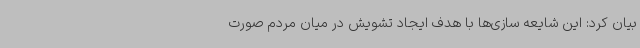
بیان کرد: این شایعه سازی‌ها با هدف ایجاد تشویش در میان مردم صورت